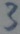
Text: 3